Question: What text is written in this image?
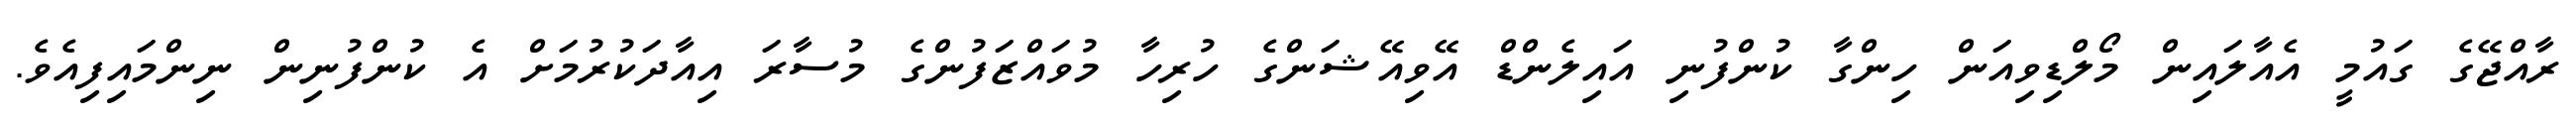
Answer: ރާއްޖޭގެ ގައުމީ އެއާލައިން މޯލްޑިވިއަން ހިންގާ ކުންފުނި އައިލެންޑް އޭވިއޭޝަންގެ ހުރިހާ މުވައްޒަފުންގެ މުސާރަ އިއާދަކުރުމަށް އެ ކުންފުނިން ނިންމައިފިއެވެ.